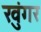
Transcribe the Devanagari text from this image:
खुंगर